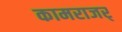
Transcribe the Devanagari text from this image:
कामराजर्